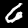
Digit: 6